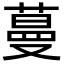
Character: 蔓